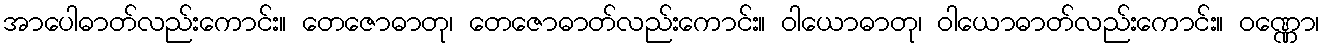
အာပေါဓာတ်လည်းကောင်း။ တေဇောဓာတု၊ တေဇောဓာတ်လည်းကောင်း။ ဝါယောဓာတု၊ ဝါယောဓာတ်လည်းကောင်း။ ဝဏ္ဏော၊